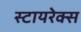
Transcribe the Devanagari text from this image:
स्टायरेक्स